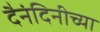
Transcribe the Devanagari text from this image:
दैनंदिनीच्या